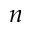
n